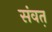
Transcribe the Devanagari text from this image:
संवत़